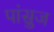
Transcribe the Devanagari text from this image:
पांसुज